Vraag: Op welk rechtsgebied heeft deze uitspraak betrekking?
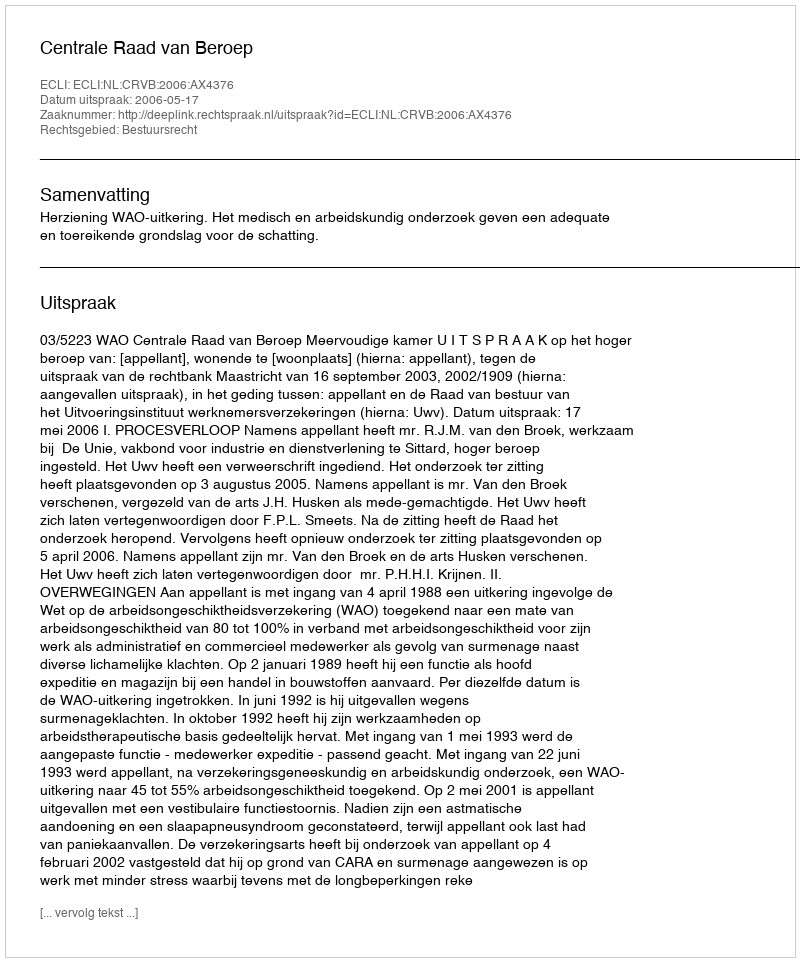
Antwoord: Bestuursrecht